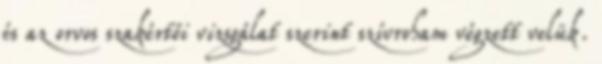
és az orvos szakértői vizsgálat szerint szívroham végzett velük.